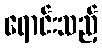
ရောင်းသည့်